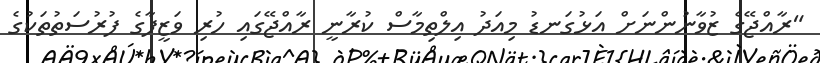
"ރާއްޖޭގެ ޒުވާނުންނަށް އަޅުގަނޑު މިއަދު އިލްތިމާސް ކުރާނީ ރާއްޖޭގައި ހުރި ވަޒީފާގެ ފުރުސަތުތަކުގެ